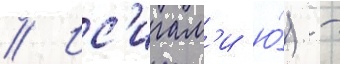
// Ис'игам'и ю́) -